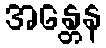
အန္တေန